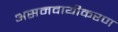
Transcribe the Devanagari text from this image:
असमवायीकरण